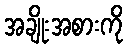
အချိုးအစားကို